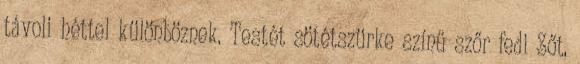
távoli héttel különböznek. Testét sötétszürke színű szőr fedi Sőt,